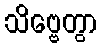
သိဗ္ဗေတွာ